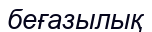
беғазылық